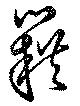
籍